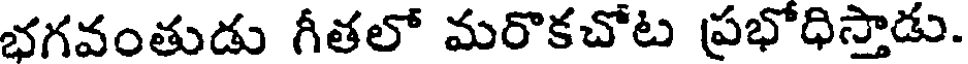
భగవంతుడు గీతలో మరొకచోట ప్రభోధిస్తాడు.